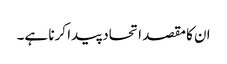
ان کا مقصد اتحاد پیدا کرنا ہے۔